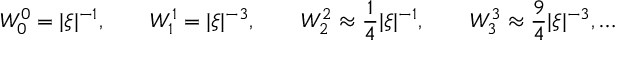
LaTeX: W _ { 0 } ^ { 0 } = | \xi | ^ { - 1 } , \qquad W _ { 1 } ^ { 1 } = | \xi | ^ { - 3 } , \qquad W _ { 2 } ^ { 2 } \approx \frac 1 4 | \xi | ^ { - 1 } , \qquad W _ { 3 } ^ { 3 } \approx \frac 9 4 | \xi | ^ { - 3 } , \ldots